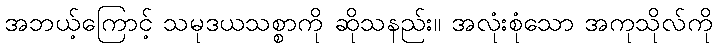
အဘယ့်ကြောင့် သမုဒယသစ္စာကို ဆိုသနည်း။ အလုံးစုံသော အကုသိုလ်ကို